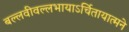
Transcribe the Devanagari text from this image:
बल्लवीवल्लभायाऽर्चितायात्मने